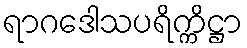
ရာဂဒေါသပရိက္ကိဋ္ဌာ